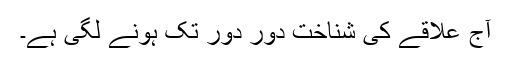
آج علاقے کی شناخت دور دور تک ہونے لگی ہے۔